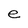
Character: e